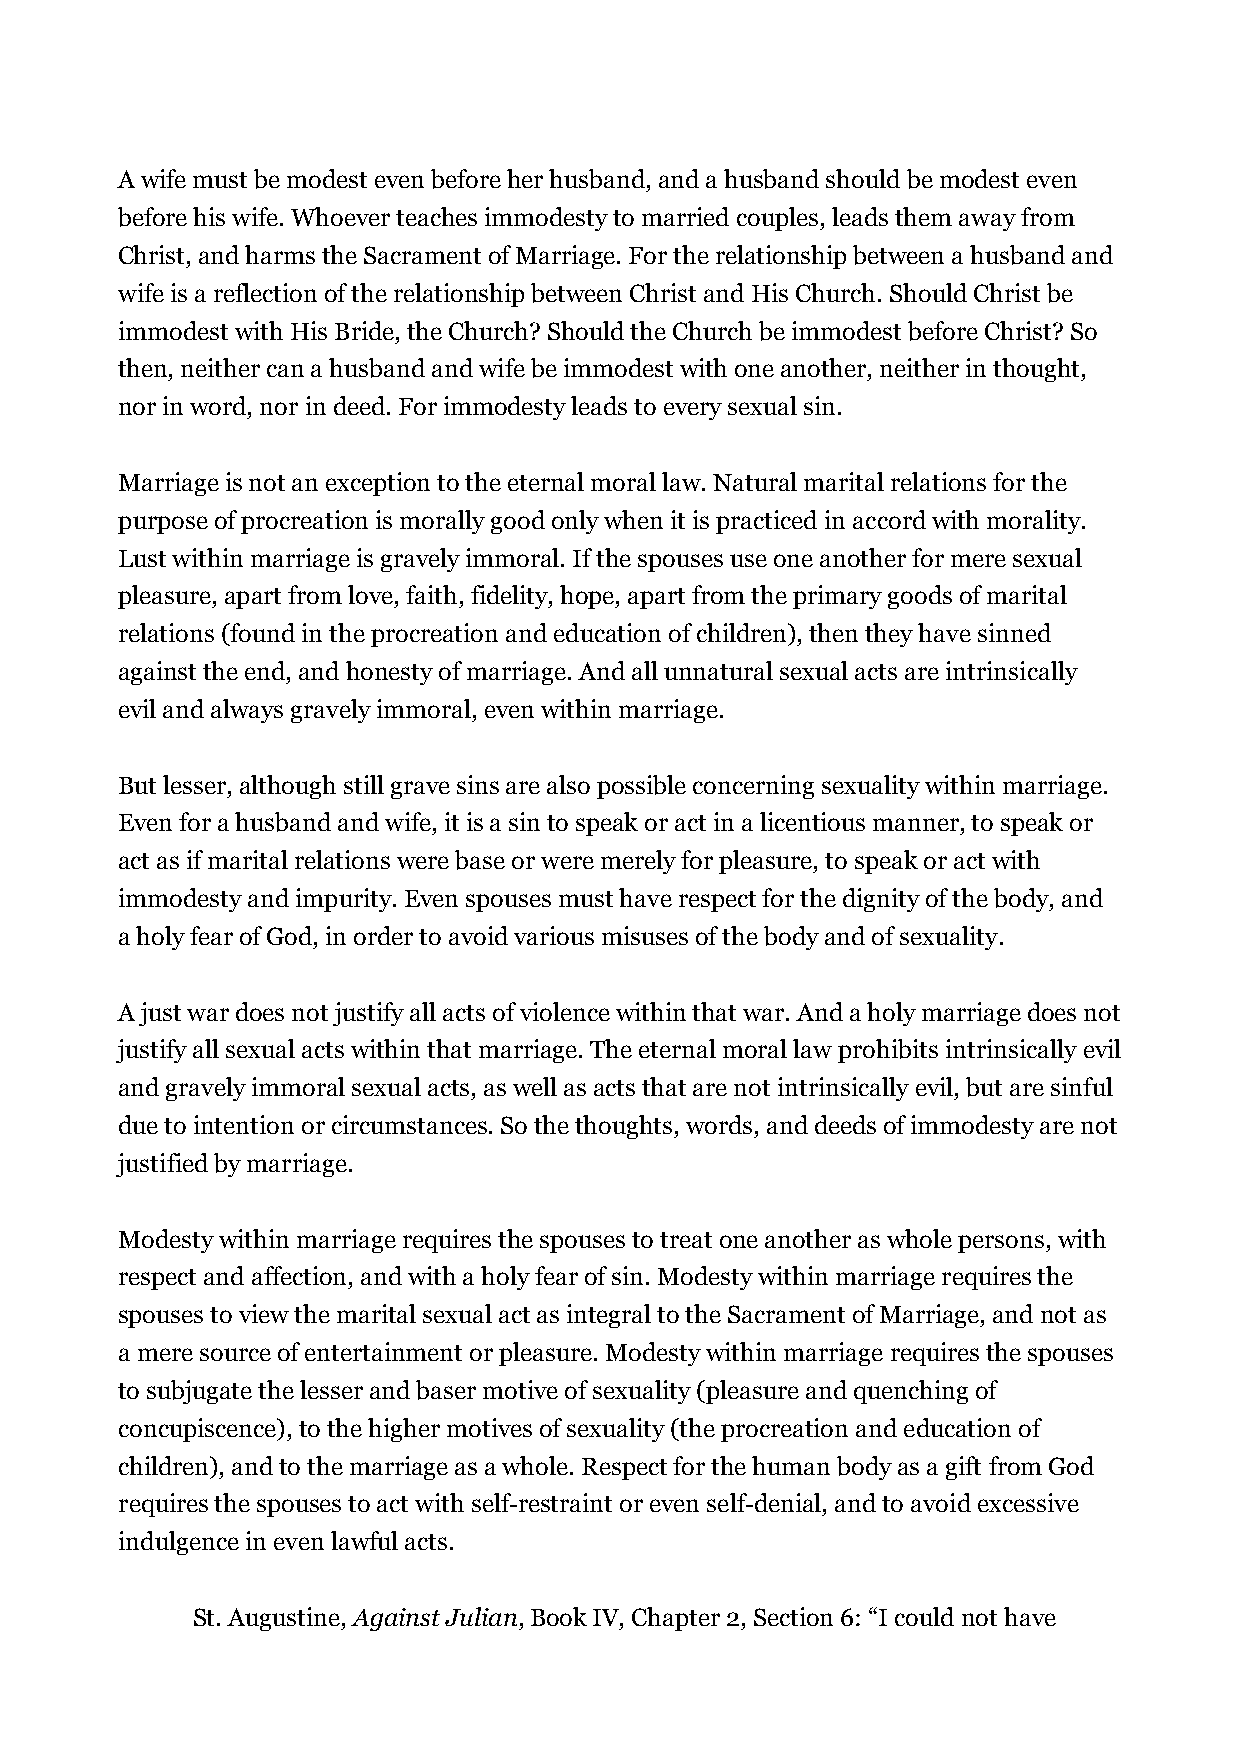
A wife must be modest even before her husband, and a husband should be modest even
 before his wife. Whoever teaches immodesty to married couples, leads them away from
 Christ, and harms the Sacrament of Marriage. For the relationship between a husband and
 wife is a reflection of the relationship between Christ and His Church. Should Christ be
 immodest with His Bride, the Church? Should the Church be immodest before Christ? So
 then, neither can a husband and wife be immodest with one another, neither in thought,
 nor in word, nor in deed. For immodesty leads to every sexual sin.
 Marriage is not an exception to the eternal moral law. Natural marital relations for the
 purpose of procreation is morally good only when it is practiced in accord with morality.
 Lust within marriage is gravely immoral. If the spouses use one another for mere sexual
 pleasure, apart from love, faith, fidelity, hope, apart from the primary goods of marital
 relations (found in the procreation and education of children), then they have sinned
 against the end, and honesty of marriage. And all unnatural sexual acts are intrinsically
 evil and always gravely immoral, even within marriage.
 But lesser, although still grave sins are also possible concerning sexuality within marriage.
 Even for a husband and wife, it is a sin to speak or act in a licentious manner, to speak or
 act as if marital relations were base or were merely for pleasure, to speak or act with
 immodesty and impurity. Even spouses must have respect for the dignity of the body, and
 a holy fear of God, in order to avoid various misuses of the body and of sexuality.
 A just war does not justify all acts of violence within that war. And a holy marriage does not
 justify all sexual acts within that marriage. The eternal moral law prohibits intrinsically evil
 and gravely immoral sexual acts, as well as acts that are not intrinsically evil, but are sinful
 due to intention or circumstances. So the thoughts, words, and deeds of immodesty are not
 justified by marriage.
 Modesty within marriage requires the spouses to treat one another as whole persons, with
 respect and affection, and with a holy fear of sin. Modesty within marriage requires the
 spouses to view the marital sexual act as integral to the Sacrament of Marriage, and not as
 a mere source of entertainment or pleasure. Modesty within marriage requires the spouses
 to subjugate the lesser and baser motive of sexuality (pleasure and quenching of
 concupiscence), to the higher motives of sexuality (the procreation and education of
 children), and to the marriage as a whole. Respect for the human body as a gift from God
 requires the spouses to act with self-restraint or even self-denial, and to avoid excessive
 indulgence in even lawful acts.
 St. Augustine, Against Julian, Book IV, Chapter 2, Section 6: “I could not have